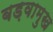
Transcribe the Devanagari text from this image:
बड़वामुख